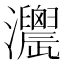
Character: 𤅌